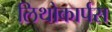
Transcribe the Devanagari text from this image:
लिथोकार्पस